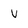
Character: v